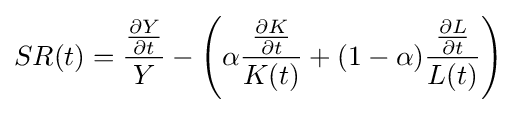
SR(t)={\frac {\frac {\partial Y}{\partial t}}{Y}}-\left(\alpha {\frac {\frac {\partial K}{\partial t}}{K(t)}}+(1-{\alpha }){\frac {\frac {\partial L}{\partial t}}{L(t)}}\right)